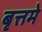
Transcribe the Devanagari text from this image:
बृत्तमे